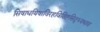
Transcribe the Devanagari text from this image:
सिषाधयिषाविरहविशिष्टसिद्ध्यभाव